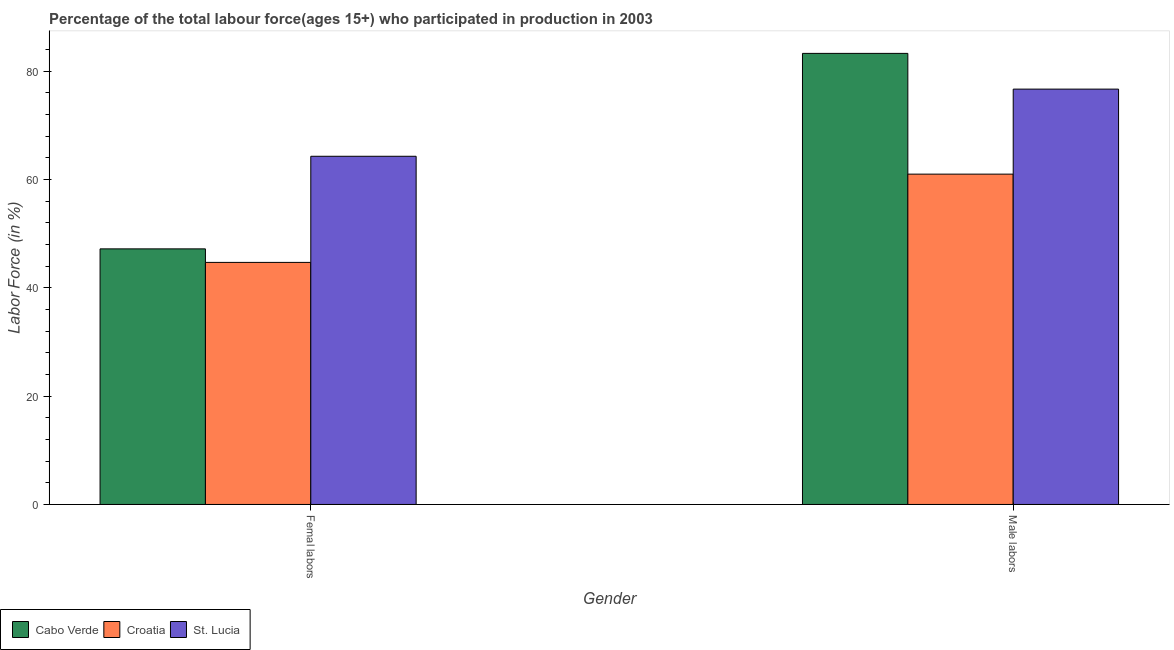
| Gender | Cabo Verde | Croatia | St. Lucia |
 | --- | --- | --- | --- |
 | Femal labors | 47.2 | 44.7 | 64.3 |
 | Male labors | 83.3 | 61 | 76.7 |